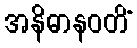
အနိဓာနဝတိံ